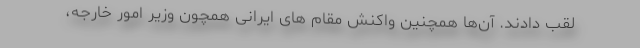
لقب دادند. آن‌ها همچنین واکنش مقام های ایرانی همچون وزیر امور خارجه،